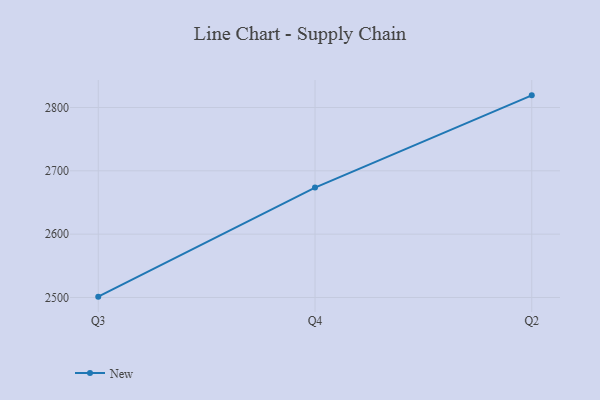
{"axis": {"x": "Quarter", "y": "Headcount"}, "legend": ["New"], "data": [{"x": "Q3", "y": 2501.3, "type": "New"}, {"x": "Q4", "y": 2673.6, "type": "New"}, {"x": "Q2", "y": 2819.2, "type": "New"}]}